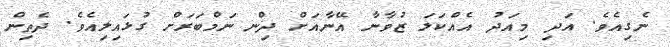
ނެގިއެވެ. އަދި މިއަދު އެއްކަލަ ޒުވާނާ އޭނާއަށް ދިން ނަމްބަރަށް ގުޅައިލިއެވެ. ދެތިން